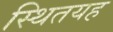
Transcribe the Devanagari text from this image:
स्थितयह